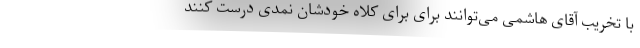
با تخریب آقای هاشمی می‌توانند برای برای کلاه خودشان نمدی درست کنند